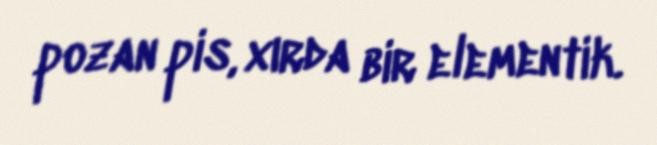
pozan pis, xırda bir elementik.